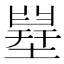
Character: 𡐪